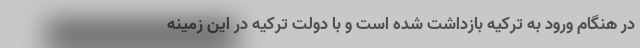
در هنگام ورود به ترکیه بازداشت شده است و با دولت ترکیه در این زمینه